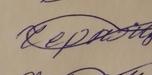
Signature authenticity: forged